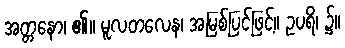
အတ္တနော၊ ၏။ မူလတလေန၊ အမြစ်ပြင်ဖြင့်။ ဥပရိ၊ ၌။